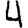
Digit: 4